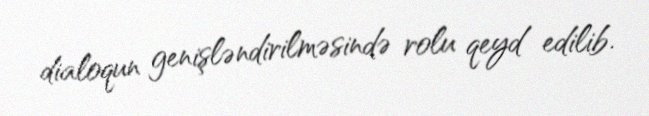
dialoqun genişləndirilməsində rolu qeyd edilib.